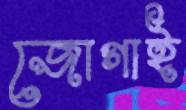
জোগাই